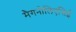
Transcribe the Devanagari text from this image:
मैगनोलिएसिई